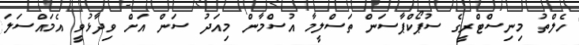
ހެލްތު މިނިސްޓްރީގެ ސުޕޯކްޕާސަން ތަސްލީމާ އުސްމާން މިއަދު ސަން އަށް ވިދާޅުވީ އެމައްސަލަ